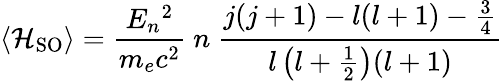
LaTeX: \left\langle{\mathcal{H}}_{\mathrm{SO}}\right\rangle={\frac{E_{n}{}^{2}}{m_{e}c^{2}}}~n~{\frac{j(j+1)-l(l+1)-{\frac{3}{4}}}{l\left(l+{\frac{1}{2}}\right)(l+1)}}